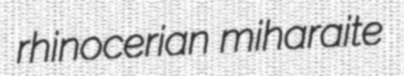
rhinocerian miharaite